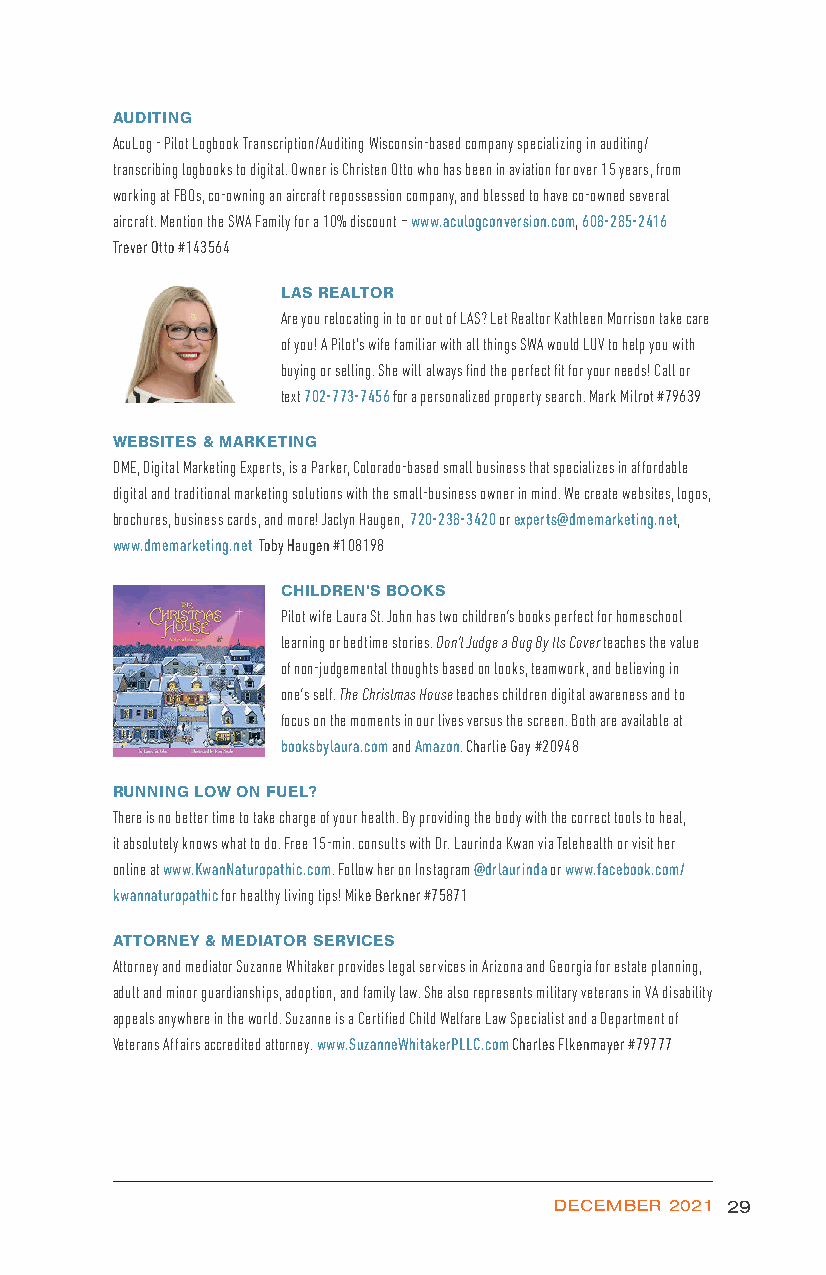
AUDITING
 AcuLog - Pilot Logbook Transcription/Auditing Wisconsin-based company specializing in auditing/
 transcribing logbooks to digital. Owner is Christen Otto who has been in aviation for over 15 years, from
 working at FBOs, co-owning an aircraft repossession company, and blessed to have co-owned several
 aircraft. Mention the SWA Family for a 10% discount – www.aculogconversion.com, 608-285-2416
 Trever Otto #143564
 LAS REALTOR
 Are you relocating in to or out of LAS? Let Realtor Kathleen Morrison take care
 of you! A Pilot's wife familiar with all things SWA would LUV to help you with
 buying or selling. She will always find the perfect fit for your needs! Call or
 text 702-773-7456 for a personalized property search. Mark Milrot #79639
 WEBSITES & MARKETING
 DME, Digital Marketing Experts, is a Parker, Colorado-based small business that specializes in affordable
 digital and traditional marketing solutions with the small-business owner in mind. We create websites, logos,
 brochures, business cards, and more! Jaclyn Haugen, 720-238-3420 or experts@dmemarketing.net,
 www.dmemarketing.net Toby Haugen #108198
 CHILDREN'S BOOKS
 Pilot wife Laura St. John has two children’s books perfect for homeschool
 learning or bedtime stories. Don’t Judge a Bug By Its Cover teaches the value
 of non-judgemental thoughts based on looks, teamwork, and believing in
 one’s self. The Christmas House teaches children digital awareness and to
 focus on the moments in our lives versus the screen. Both are available at
 booksbylaura.com and Amazon. Charlie Gay #20948
 RUNNING LOW ON FUEL?
 There is no better time to take charge of your health. By providing the body with the correct tools to heal,
 it absolutely knows what to do. Free 15-min. consults with Dr. Laurinda Kwan via Telehealth or visit her
 online at www.KwanNaturopathic.com. Follow her on Instagram @drlaurinda or www.facebook.com/
 kwannaturopathic for healthy living tips! Mike Berkner #75871
 ATTORNEY & MEDIATOR SERVICES
 Attorney and mediator Suzanne Whitaker provides legal services in Arizona and Georgia for estate planning,
 adult and minor guardianships, adoption, and family law. She also represents military veterans in VA disability
 appeals anywhere in the world. Suzanne is a Certified Child Welfare Law Specialist and a Department of
 Veterans Affairs accredited attorney. www.SuzanneWhitakerPLLC.com Charles Flkenmayer #79777
 DECEMBER 2021 29